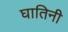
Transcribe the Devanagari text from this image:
घातिनी